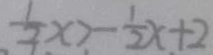
\frac { 1 } { 3 } x > - \frac { 1 } { 2 } x + 2